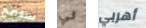
سامح لي أهربي